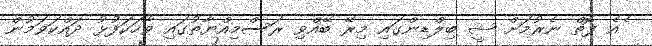
ެެއެ ފޮތް ނެރުމަށް ޝީ ބިލްޑިންގައި މިރޭ ބޭއްވި ރަސްމިއްޔާތުގައި ވާހަކަފުޅު ދައްކަވަމުން